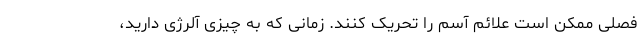
فصلی ممکن است علائم آسم را تحریک کنند. زمانی که به چیزی آلرژی دارید،